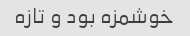
خوشمزه بود و تازه